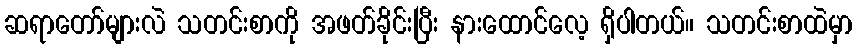
ဆရာတော်များလဲ သတင်းစာကို အဖတ်ခိုင်းပြီး နားထောင်လေ့ ရှိပါတယ်။ သတင်းစာထဲမှာ